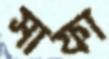
সাফা